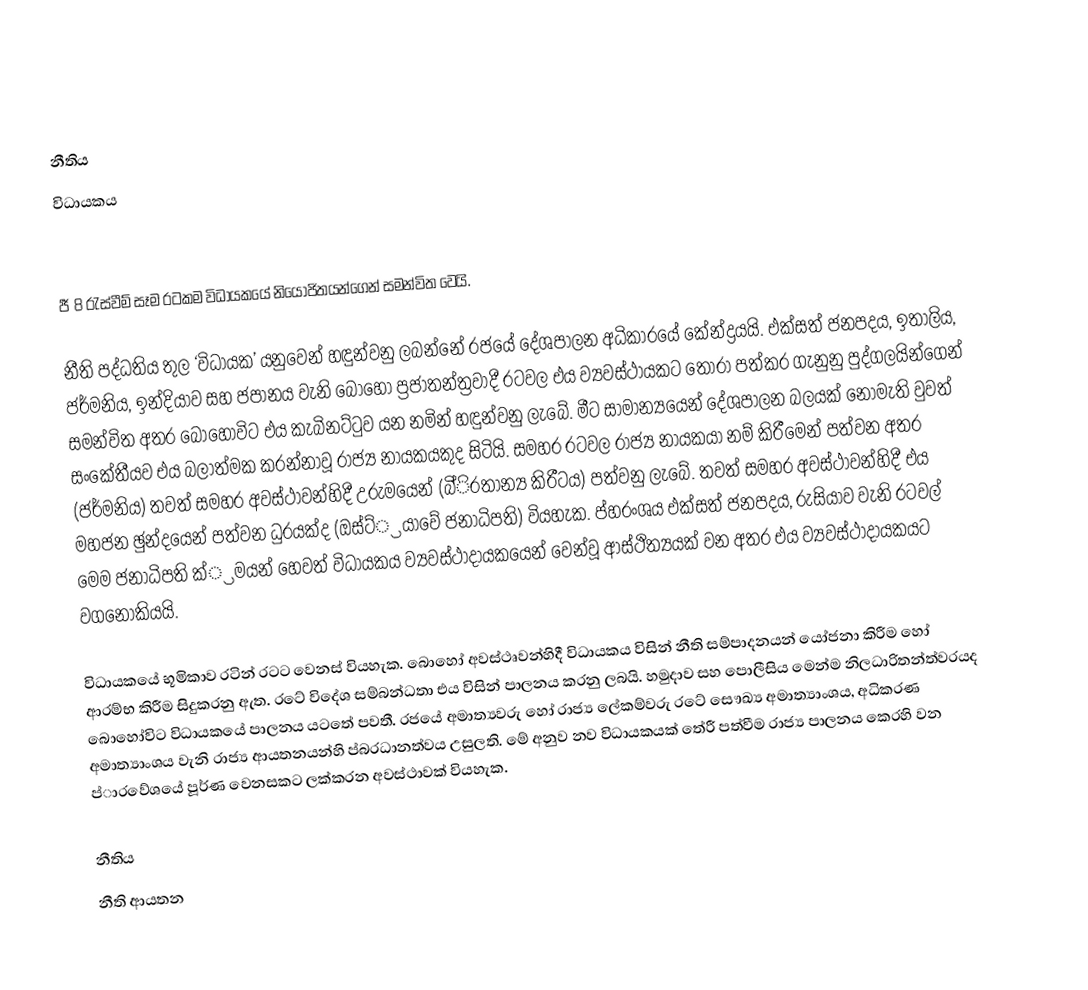
නීතිය
විධායකය

ජී 8 රැස්වීම් සෑම රටකම විධායකයේ නියෝජිතයන්ගෙන් සමන්විත වෙයි.

නීති පද්ධතිය තුල ‘විධායක’ යනුවෙන් හඳුන්වනු ලබන්නේ රජයේ දේශපාලන අධිකාරයේ කේන්ද්‍රයයි. එක්සත් ජනපදය, ඉතාලිය, ජර්මනිය, ඉන්දියාව සහ ජපානය වැනි බොහෝ ප්‍රජාතන්ත්‍රවාදී  රටවල එය ව්‍යවස්ථායකට තෝරා පත්කර ගැනුනු පුද්ගලයින්ගෙන් සමන්විත අතර බොහෝවිට එය කැබිනට්ටුව යන නමින් හඳුන්වනු ලැබේ. මීට සාමාන්‍යයෙන් දේශපාලන බලයක් නොමැති වුවත් සංකේතීයව එය බලාත්මක කරන්නාවූ රාජ්‍ය නායකයකුද සිටියි. සමහර රටවල රාජ්‍ය නායකයා නම් කිරීමෙන් පත්වන අතර (ජර්මනිය) තවත් සමහර අවස්ථාවන්හිදී උරුමයෙන් (බි්ි‍රතාන්‍ය කිරීටය) පත්වනු ලැබේ. තවත් සමහර අවස්ථාවන්හිදී එය මහජන ඡුන්දයෙන් පත්වන ධුරයක්ද (ඔස්ට්‍්‍රයාවේ ජනාධිපති) වියහැක. ප්හ‍රංශය එක්සත් ජනපදය, රුසියාව වැනි රටවල් මෙම ජනාධිපති ක්්‍රමයන් හෙවත් විධායකය ව්‍යවස්ථාදායකයෙන් වෙන්වූ ආස්ථිත්‍යයක් වන අතර එය ව්‍යවස්ථාදායකයට වගනොකියයි.

විධායකයේ භූමිකාව රටින් රටට වෙනස් වියහැක. බොහෝ අවස්ථෘවන්හිදී විධායකය විසින් නීති සම්පාදනයන් යෝජනා කිරීම හෝ ආරම්භ කිරීම සිදුකරනු ඇත. රටේ විදේශ සම්බන්ධතා එය විසින් පාලනය කරනු ලබයි. හමුදාව සහ පොලීසිය මෙන්ම නිලධාරිතන්ත්ව‍රයද බොහෝවිට විධායකයේ පාලනය යටතේ පවතී. රජයේ අමාත්‍යවරු හෝ රාජ්‍ය ලේකම්වරු රටේ සෞඛ්‍ය අමාත්‍යාංශය, අධිකරණ අමාත්‍යාංශය වැනි රාජ්‍ය ආයතනයන්හි ප්බ‍රධානත්වය උසුලති. මේ අනුව නව විධායකයක් තේරී පත්වීම රාජ්‍ය පාලනය කෙරහි වන ප්ා‍රවේශයේ පූර්ණ වෙනසකට ලක්කරන අවස්ථාවක් වියහැක.

නීතිය
නීති ආයතන